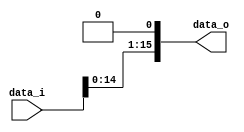
module LeftShiftOneBit(data_i, data_o);
	input [15:0] data_i;
	output [15:0] data_o;
	
	wire [15:0] data_i, data_o;
	
	assign data_o = data_i << 1;
endmodule